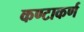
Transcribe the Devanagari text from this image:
कण्टाकर्ण